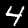
Digit: 4